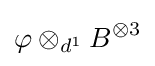
\varphi \otimes _{d^{1}}B^{\otimes 3}